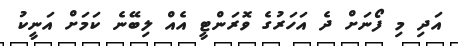
އަދި މި ފޯނަށް ދެ އަހަރުގެ ވޮރަންޓީ އެއް ލިބޭނެ ކަމަށް އަނީކު